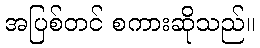
အပြစ်တင် စကားဆိုသည်။